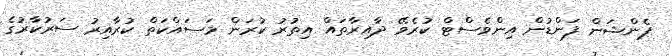
ޕެންޝަން ފަންޑުން އިންވެސްޓް ކުރެވޭ ދާއިރާތައް އިތުުރު ކުރަން މަސައްކަތް ކުރާއިރު ސަރުކާރުގެ